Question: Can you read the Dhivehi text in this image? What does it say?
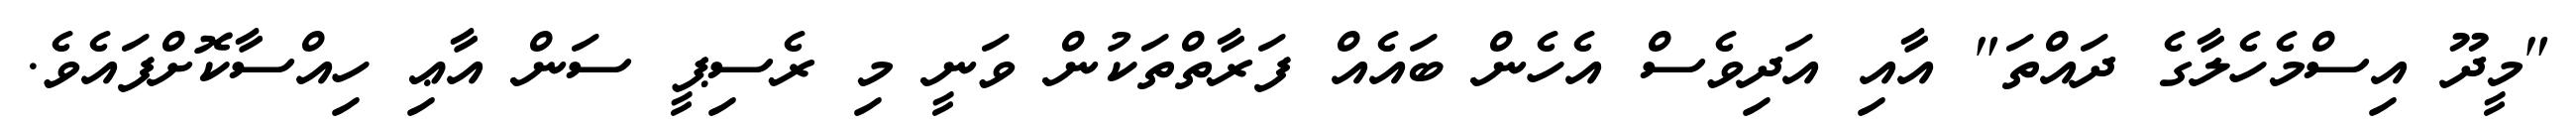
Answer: "މީދޫ އިސްމެހެލާގެ ދައްތަ" އާއި އަދިވެސް އެހެން ބައެއް ފަރާތްތަކުން ވަނީ މި ރެސިޕީ ސަން އާޢި ހިއްސާކޮށްފައެވެ.